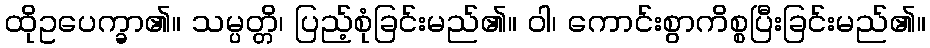
ထိုဥပေက္ခာ၏။ သမ္ပတ္တိ၊ ပြည့်စုံခြင်းမည်၏။ ဝါ၊ ကောင်းစွာကိစ္စပြီးခြင်းမည်၏။